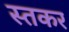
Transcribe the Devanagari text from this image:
स्तकर